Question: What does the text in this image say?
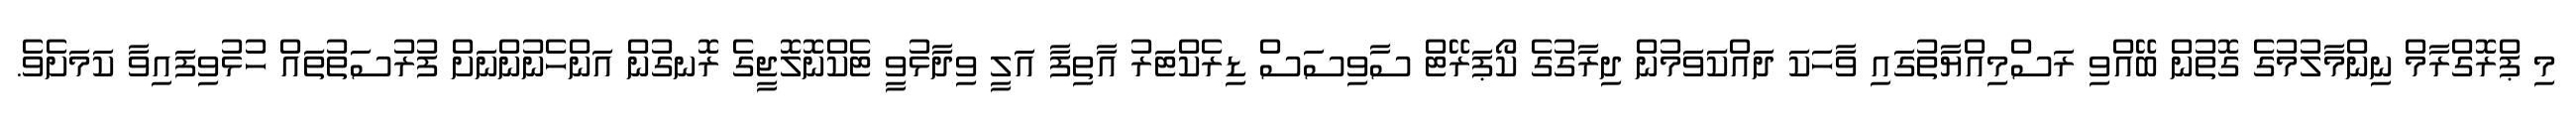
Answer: މި ޕްރޮގްރާމް ނިންމާލުމުގެ ގޮތުން ބޭއްވި ރަސްމިއްޔާތުގައި ވާހަކަ ދައްކަަވަމުން ދިރާގުގެ ކޯޕަރޭޓް ސާވިސަސް ޑިރެކްޓަރު އާތިފާ އަލީ ވިދާޅުވީ ޓެކްނޮލޮޖީގެ ރޮނގުން އަންހެނުންނަށް ފުރުސަތުތައް ހުޅުވިފައިވާ ކަމަށެވެ.